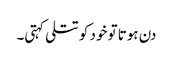
دن ہوتا تو خود کو تتلی کہتی۔